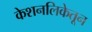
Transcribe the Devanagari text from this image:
केशनलिकेतून